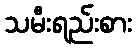
သမီးရည်းစား